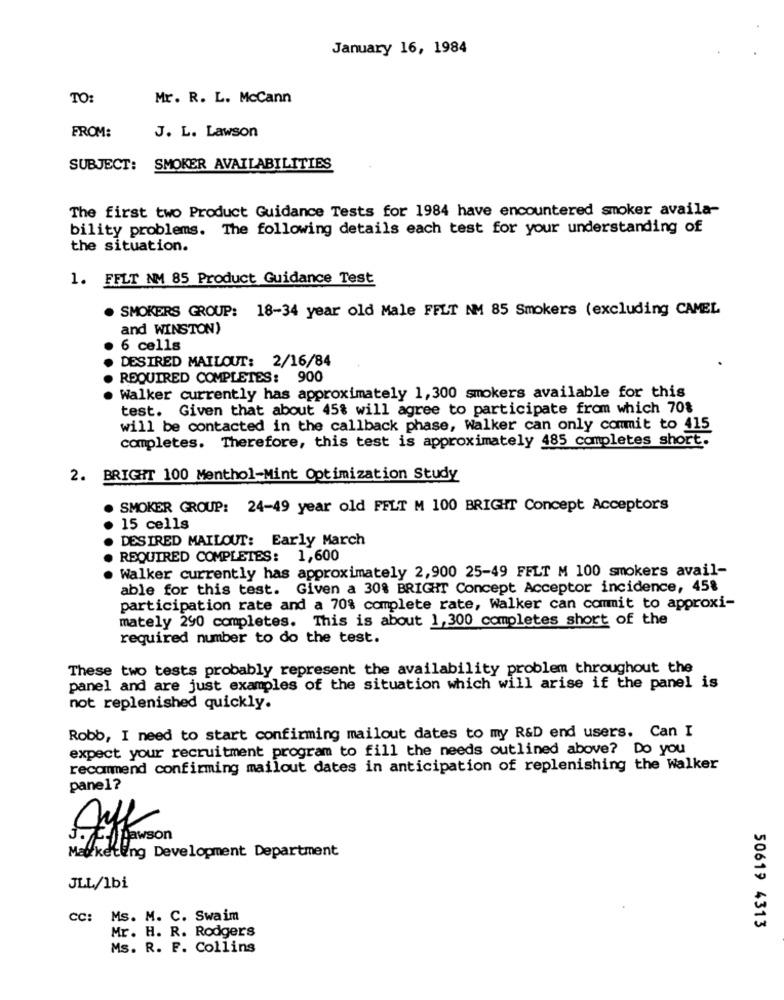
January 16, 1984
TO:
Mr. R. L. McCann
FROM:
J. L. Lawson
SUBJECT:
SMOKER AVAILABILITIES
The first two Product Guidance Tests for 1984 have encountered smoker availa-
bility problems. The following details each test for your understanding of
the situation.
1. FFLT NM 85 Product Guidance Test
SMOKERS GROUP: 18-34 year old Male FFLT NM 85 Smokers (excluding CAMEL
and WINSTON)
6 cells
DESIRED MAILOUT: 2/16/84
REQUIRED COMPLETES: 900
Walker currently has approximately 1,300 smokers available for this
test. Given that about 45% will agree to participate from which 70%
will be contacted in the callback phase, Walker can only commit to 415
completes. Therefore, this test is approximately 485 completes short.
2. BRIGHT 100 Menthol-Mint Optimization Study
. SMOKER GROUP: 24-49 year old FFLT M 100 BRIGHT Concept Acceptors
15 cells
DESIRED MAILOUT: Early March
REQUIRED COMPLETES: 1,600
. Walker currently has approximately 2,900 25-49 FFLT M 100 smokers avail-
able for this test. Given a 30% BRIGHT Concept Acceptor incidence, 45%
participation rate and a 70% complete rate, Walker can commit to approxi-
mately 290 completes. This is about 1,300 completes short of the
required number to do the test.
These two tests probably represent the availability problem throughout the
panel and are just examples of the situation which will arise if the panel is
not replenished quickly.
Robb, I need to start confirming mailout dates to my R&D end users. Can I
expect your recruitment program to fill the needs outlined above? Do you
recommend confirming mailout dates in anticipation of replenishing the Walker
panel?
Marketing Development Department
JLL/Ibi
CC:
Ms. M. C. Swaim
Mr. H. R. Rodgers
50619 4313
Ms. R. F. Collins